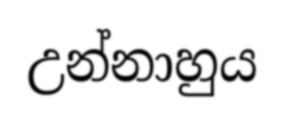
උන්නාහුය